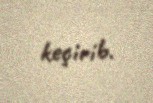
keçirib.